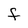
Character: F